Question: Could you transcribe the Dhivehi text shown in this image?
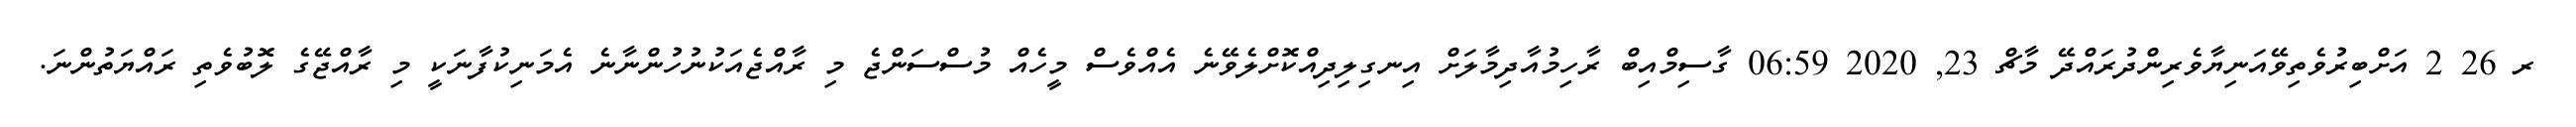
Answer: ރ 26 2 އަށްބިރުވެތިވޭއަނިޔާވެރިންދުރައްދޭ މާޗް 23, 2020 06:59 ގާސިމްއިބް ރާހިމުއާދިމާލަށް އިނގިލިދިއްކޮށްލެވޭނެ އެއްވެސް މީހެއް މުސްސަންޖެ މި ރާއްޖެއަކުނުހުންނާނެ އެމަނިކުފާނަކީ މި ރާއްޖޭގެ ލޮބުވެތި ރައްޔަތުންނަ.